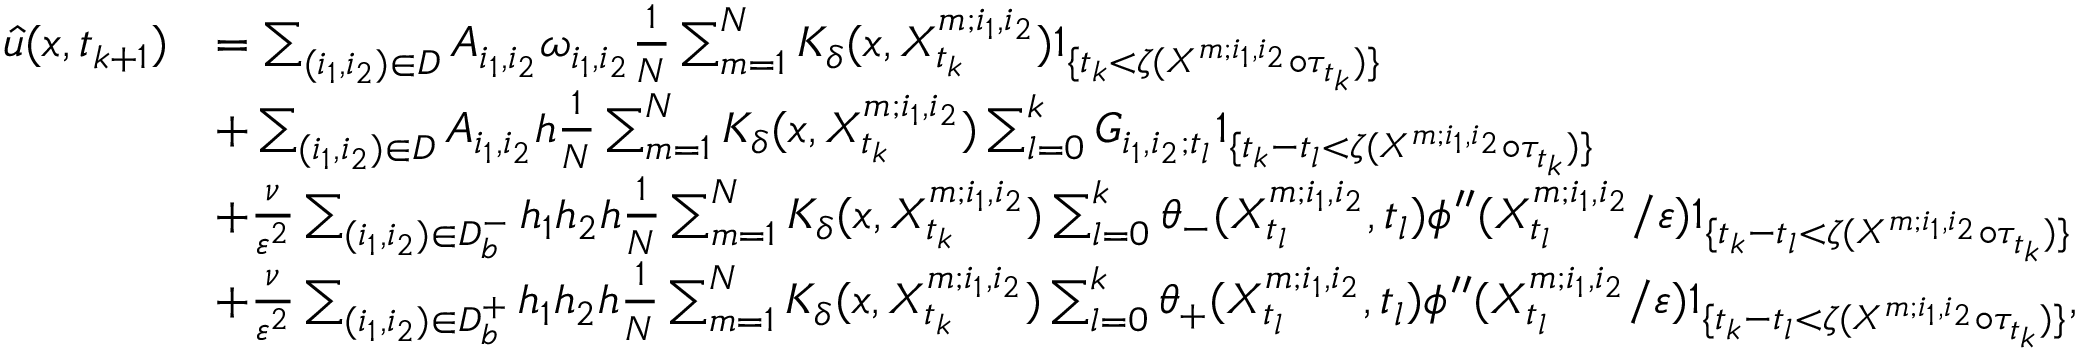
\begin{array} { r l } { \Hat { u } ( x , t _ { k + 1 } ) } & { = \sum _ { ( i _ { 1 } , i _ { 2 } ) \in D } A _ { i _ { 1 } , i _ { 2 } } \omega _ { i _ { 1 } , i _ { 2 } } \frac { 1 } { N } \sum _ { m = 1 } ^ { N } K _ { \delta } ( x , X _ { t _ { k } } ^ { m ; i _ { 1 } , i _ { 2 } } ) 1 _ { \{ t _ { k } < \zeta ( X ^ { m ; i _ { 1 } , i _ { 2 } } \circ \tau _ { t _ { k } } ) \} } } \\ & { + \sum _ { ( i _ { 1 } , i _ { 2 } ) \in D } A _ { i _ { 1 } , i _ { 2 } } h \frac { 1 } { N } \sum _ { m = 1 } ^ { N } K _ { \delta } ( x , X _ { t _ { k } } ^ { m ; i _ { 1 } , i _ { 2 } } ) \sum _ { l = 0 } ^ { k } G _ { i _ { 1 } , i _ { 2 } ; t _ { l } } 1 _ { \{ t _ { k } - t _ { l } < \zeta ( X ^ { m ; i _ { 1 } , i _ { 2 } } \circ \tau _ { t _ { k } } ) \} } } \\ & { + \frac { \nu } { \varepsilon ^ { 2 } } \sum _ { ( i _ { 1 } , i _ { 2 } ) \in D _ { b } ^ { - } } h _ { 1 } h _ { 2 } h \frac { 1 } { N } \sum _ { m = 1 } ^ { N } K _ { \delta } ( x , X _ { t _ { k } } ^ { m ; i _ { 1 } , i _ { 2 } } ) \sum _ { l = 0 } ^ { k } \theta _ { - } ( X _ { t _ { l } } ^ { m ; i _ { 1 } , i _ { 2 } } , t _ { l } ) \phi ^ { \prime \prime } ( X _ { t _ { l } } ^ { m ; i _ { 1 } , i _ { 2 } } / \varepsilon ) 1 _ { \{ t _ { k } - t _ { l } < \zeta ( X ^ { m ; i _ { 1 } , i _ { 2 } } \circ \tau _ { t _ { k } } ) \} } } \\ & { + \frac { \nu } { \varepsilon ^ { 2 } } \sum _ { ( i _ { 1 } , i _ { 2 } ) \in D _ { b } ^ { + } } h _ { 1 } h _ { 2 } h \frac { 1 } { N } \sum _ { m = 1 } ^ { N } K _ { \delta } ( x , X _ { t _ { k } } ^ { m ; i _ { 1 } , i _ { 2 } } ) \sum _ { l = 0 } ^ { k } \theta _ { + } ( X _ { t _ { l } } ^ { m ; i _ { 1 } , i _ { 2 } } , t _ { l } ) \phi ^ { \prime \prime } ( X _ { t _ { l } } ^ { m ; i _ { 1 } , i _ { 2 } } / \varepsilon ) 1 _ { \{ t _ { k } - t _ { l } < \zeta ( X ^ { m ; i _ { 1 } , i _ { 2 } } \circ \tau _ { t _ { k } } ) \} } , } \end{array}